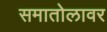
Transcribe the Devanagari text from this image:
समातोलावर